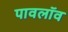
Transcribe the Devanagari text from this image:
पावलॉव